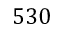
5 3 0